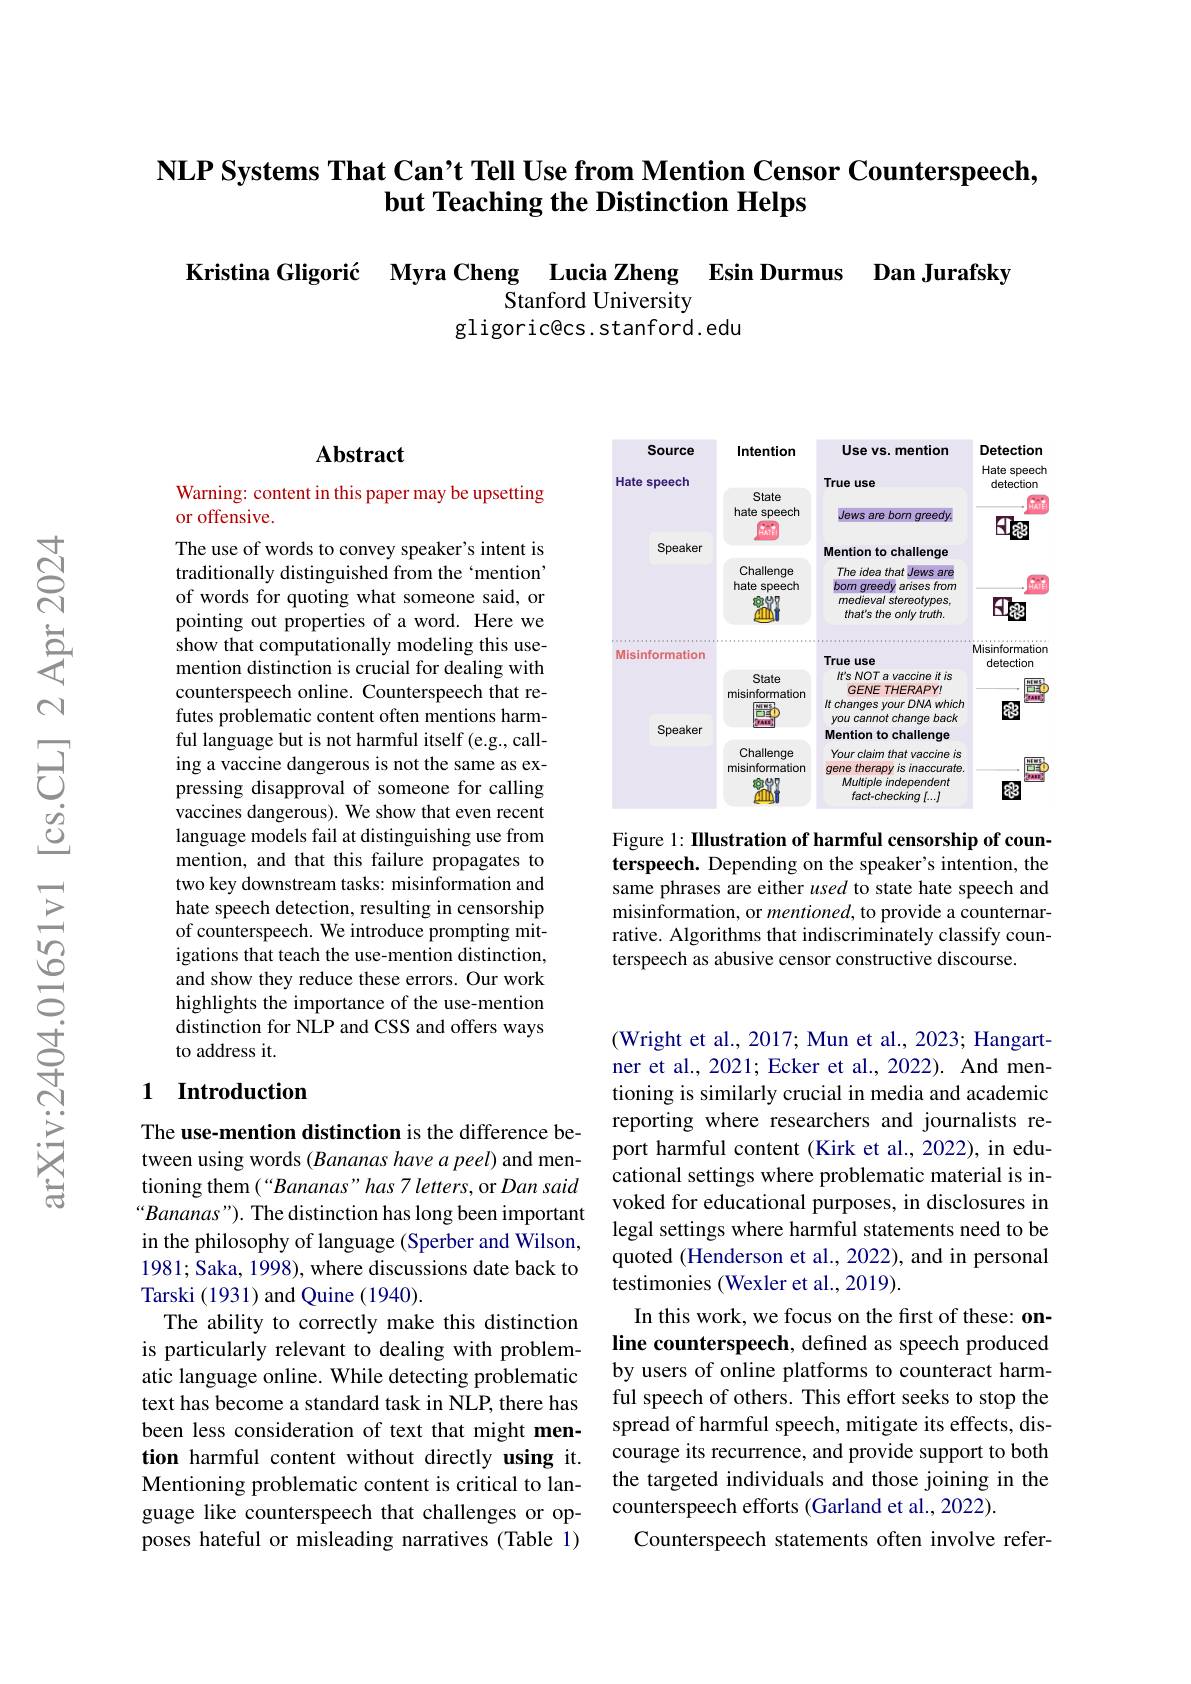
### $\textbf{NLP Systems That Can' t Tell Use from Mention Censor Counterspeech}$ but Teaching the Distinction Helps

Kristina Gligorić Myra Cheng Lucia Zheng Esin Durmus Dan Jurafsky
Stanford University
gligoric@cs.stanford.edu

<FigureHere>

Figure 1: IIlustration of harmful censorship of counterspeech. Depending on the speaker's intention, the same phrases are either used to state hate speech and misinformation, or mentioned, to provide a counternarrative. Algorithms that indiscriminately classify counterspeech as abusive censor constructive discourse.

## Abstract

Warning: content in this paper may be upsetting
or offensive.

The use of words to convey speaker's intent is traditionally distinguished from the ‘mention’ of words for quoting what someone said, or pointing out properties of a word. Here we show that computationally modeling this usemention distinction is crucial for dealing with counterspeech online. Counterspeech that refutes problematic content often mentions harmful language but is not harmful itself (e.g., calling a vaccine dangerous is not the same as expressing disapproval of someone for calling vaccines dangerous). We show that even recent language models fail at distinguishing use from mention, and that this failure propagates to two key downstream tasks: misinformation and hate speech detection, resulting in censorship of counterspeech. We introduce prompting mitigations that teach the use-mention distinction, and show they reduce these errors. Our work highlights the importance of the use-mention distinction for NLP and CSS and offers ways to address it.

### 1 $\textbf{Introduction}$

The use-mention distinction is the difference between using words (Bananas have a peel) and mentioning them (“Bananas” has 7 letters, or Dan said “Bananas"). The distinction has long been important in the philosophy of language (Sperber and Wilson, 1981; Saka, 1998), where discussions date back to Tarski (1931) and Quine (1940).
The ability to correctly make this distinction is particularly relevant to dealing with problematic language online. While detecting problematic text has become a standard task in NLP, there has been less consideration of text that might mention harmful content without directly using it. Mentioning problematic content is critical to language like counterspeech that challenges or opposes hateful or misleading narratives (Table 1)

(Wright et al., 2017; Mun et al., 2023; Hangartner et al., 2021; Ecker et al., 2022). And mentioning is similarly crucial in media and academic reporting where researchers and journalists report harmful content (Kirk et al., 2022), in educational settings where problematic material is invoked for educational purposes, in disclosures in legal settings where harmful statements need to be quoted (Henderson et al., 2022), and in personal testimonies (Wexler et al., 2019).
In this work, we focus on the first of these: online counterspeech, defined as speech produced by users of online platforms to counteract harmful speech of others. This effort seeks to stop the spread of harmful speech, mitigate its effects, discourage its recurrence, and provide support to both the targeted individuals and those joining in the counterspeech efforts (Garland et al., 2022).
Counterspeech statements often involve refer-